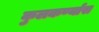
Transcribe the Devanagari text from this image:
कुलकर्ण्यास